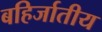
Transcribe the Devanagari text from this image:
बहिर्जातीय